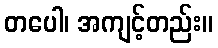
တပေါ၊ အကျင့်တည်း။